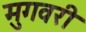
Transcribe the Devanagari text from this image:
मुगवरी